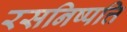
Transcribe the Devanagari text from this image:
रसनिष्पत्ति